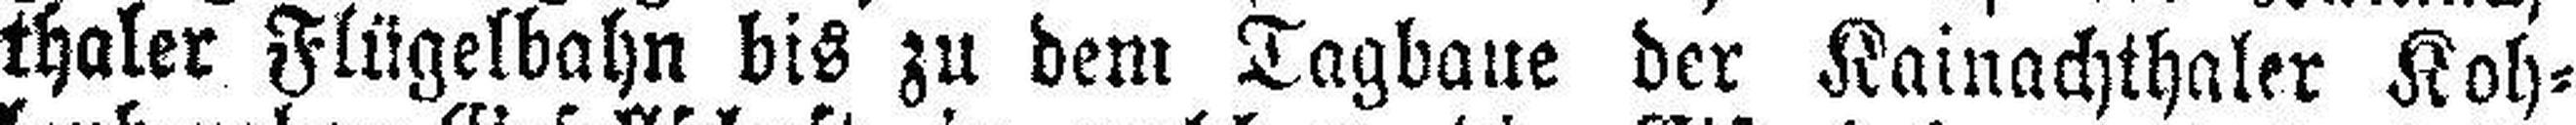
thaler Flügelbahn bis zu dem Tagbaue der Kainachthaler Koh¬